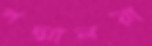
পদ্মালয়া